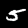
Digit: 5